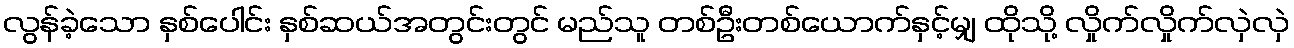
လွန်ခဲ့သော နှစ်ပေါင်း နှစ်ဆယ်အတွင်းတွင် မည်သူ တစ်ဦးတစ်ယောက်နှင့်မျှ ထိုသို့ လှိုက်လှိုက်လှဲလှဲ